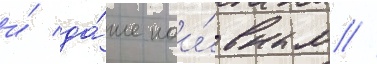
и́ да́же наи́вным //